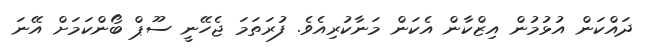
ދައްކަން އުޅުމުން އިޒްކާން އެކަން މަނާކުރިއެވެ. ފުރަތަމަ ޖެހޭނީ ސޫޕް ބޯންކަމަށް އޭނަ